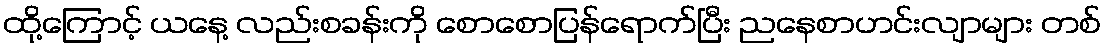
ထို့ကြောင့် ယနေ့ လည်းစခန်းကို စောစောပြန်ရောက်ပြီး ညနေစာဟင်းလျာများ တစ်